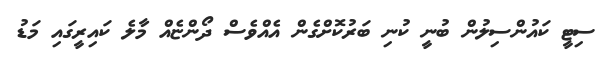
ސިޓީ ކައުންސިލުން ބުނީ ކުނި ބަރުކޮޮށްގެން އެއްވެސް ދޯންޏެއް މާލެ ކައިރީގައި މަޑު